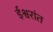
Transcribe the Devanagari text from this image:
ईश्वरांत